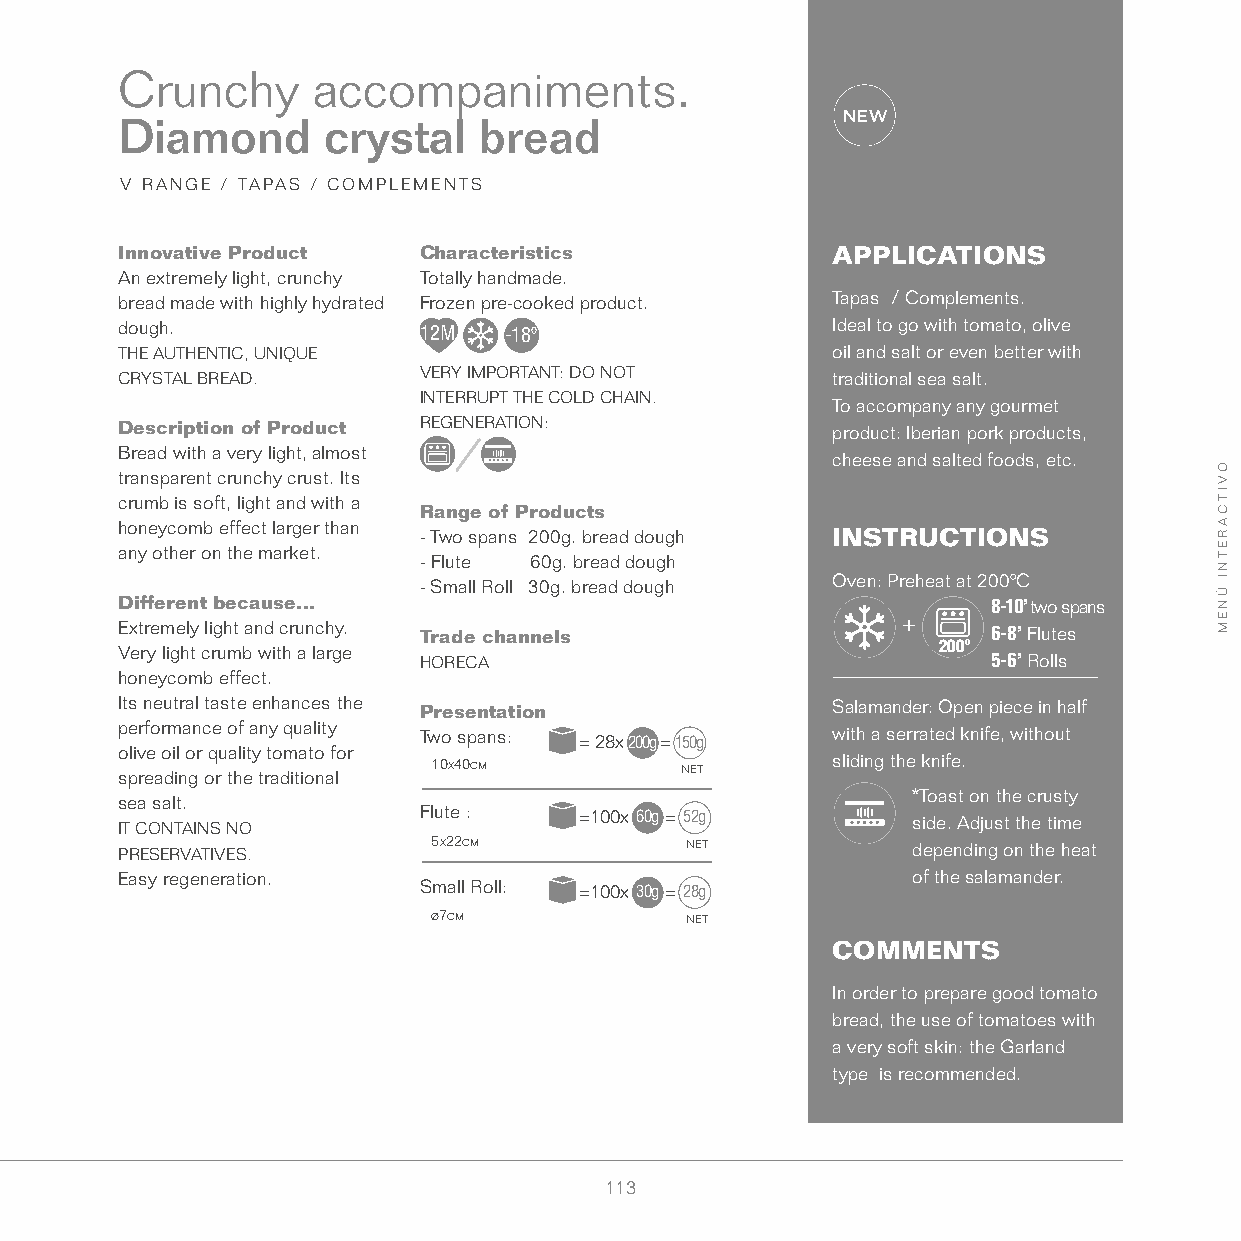
Crunchy      accompaniments.
 Diamond      crystal    bread
 V RANGE / TAPAS / COMPLEMENTS
 Innovative Product  Characteristics            APPLICATIONS
 An extremely light, crunchy Totally handmade.
 bread made with highly hydrated Frozen pre-cooked product. Tapas / Complements.
 dough.              12M  -18º                  Ideal to go with tomato, olive
 THE AUTHENTIC, UNIQUE                          oil and salt or even better with
 CRYSTAL BREAD.      VERY IMPORTANT: DO NOT     traditional sea salt.
 INTERRUPT THE COLD CHAIN.
 To accompany any gourmet
 Description of Product REGENERATION:           product: Iberian pork products,
 Bread with a very light, almost
 cheese and salted foods, etc.
 transparent crunchy crust. Its
 crumb is soft, light and with a
 Range of Products
 honeycomb effect larger than
 - Two spans 200g. bread dough INSTRUCTIONS
 any other on the market.
 - Flute 60g. bread dough
 - Small Roll 30g. bread dough Oven: Preheat at 200ºC
 Different because...                                      8-10’ two spans
 Extremely light and crunchy. Trade channels               6-8’ Flutes
 Very light crumb with a large                         200º
 HORECA                                5-6’ Rolls
 honeycomb effect.
 Its neutral taste enhances the Presentation    Salamander: Open piece in half
 performance of any quality Two spans: = 28x200g=150g with a serrated knife, without
 olive oil or quality tomato for
 spreading or the traditional
 10x40cm
 net
 sliding the knife.
 *Toast on the crusty
 sea salt.
 Flute :   = 100x 60g= 52g       side. Adjust the time
 IT CONTAINS NO
 PRESERVATIVES.       5x22cm          net            depending on the heat
 Easy regeneration.                                  of the salamander.
 Small Roll: = 100x 30g= 28g
 ø7cm            net
 COMMENTS
 In order to prepare good tomato
 bread, the use of tomatoes with
 a very soft skin: the Garland
 type is recommended.
 113
 OVITCARETNI
 ÚNEM